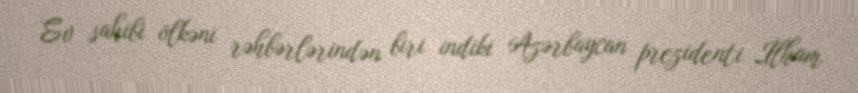
Ev sahibi ölkəni rəhbərlərindən biri indiki Azərbaycan prezidenti İlham